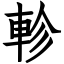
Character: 軫